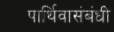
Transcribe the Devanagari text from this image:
पार्थिवासंबंधी